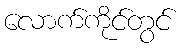
လောက်ကိုင်တွင်